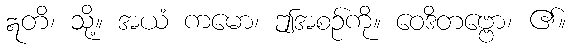
ဣတိ၊ သို့။ အယံ ကမော၊ ဤအစဉ်ကို။ ဝေဒိတဗ္ဗော၊ ၏။